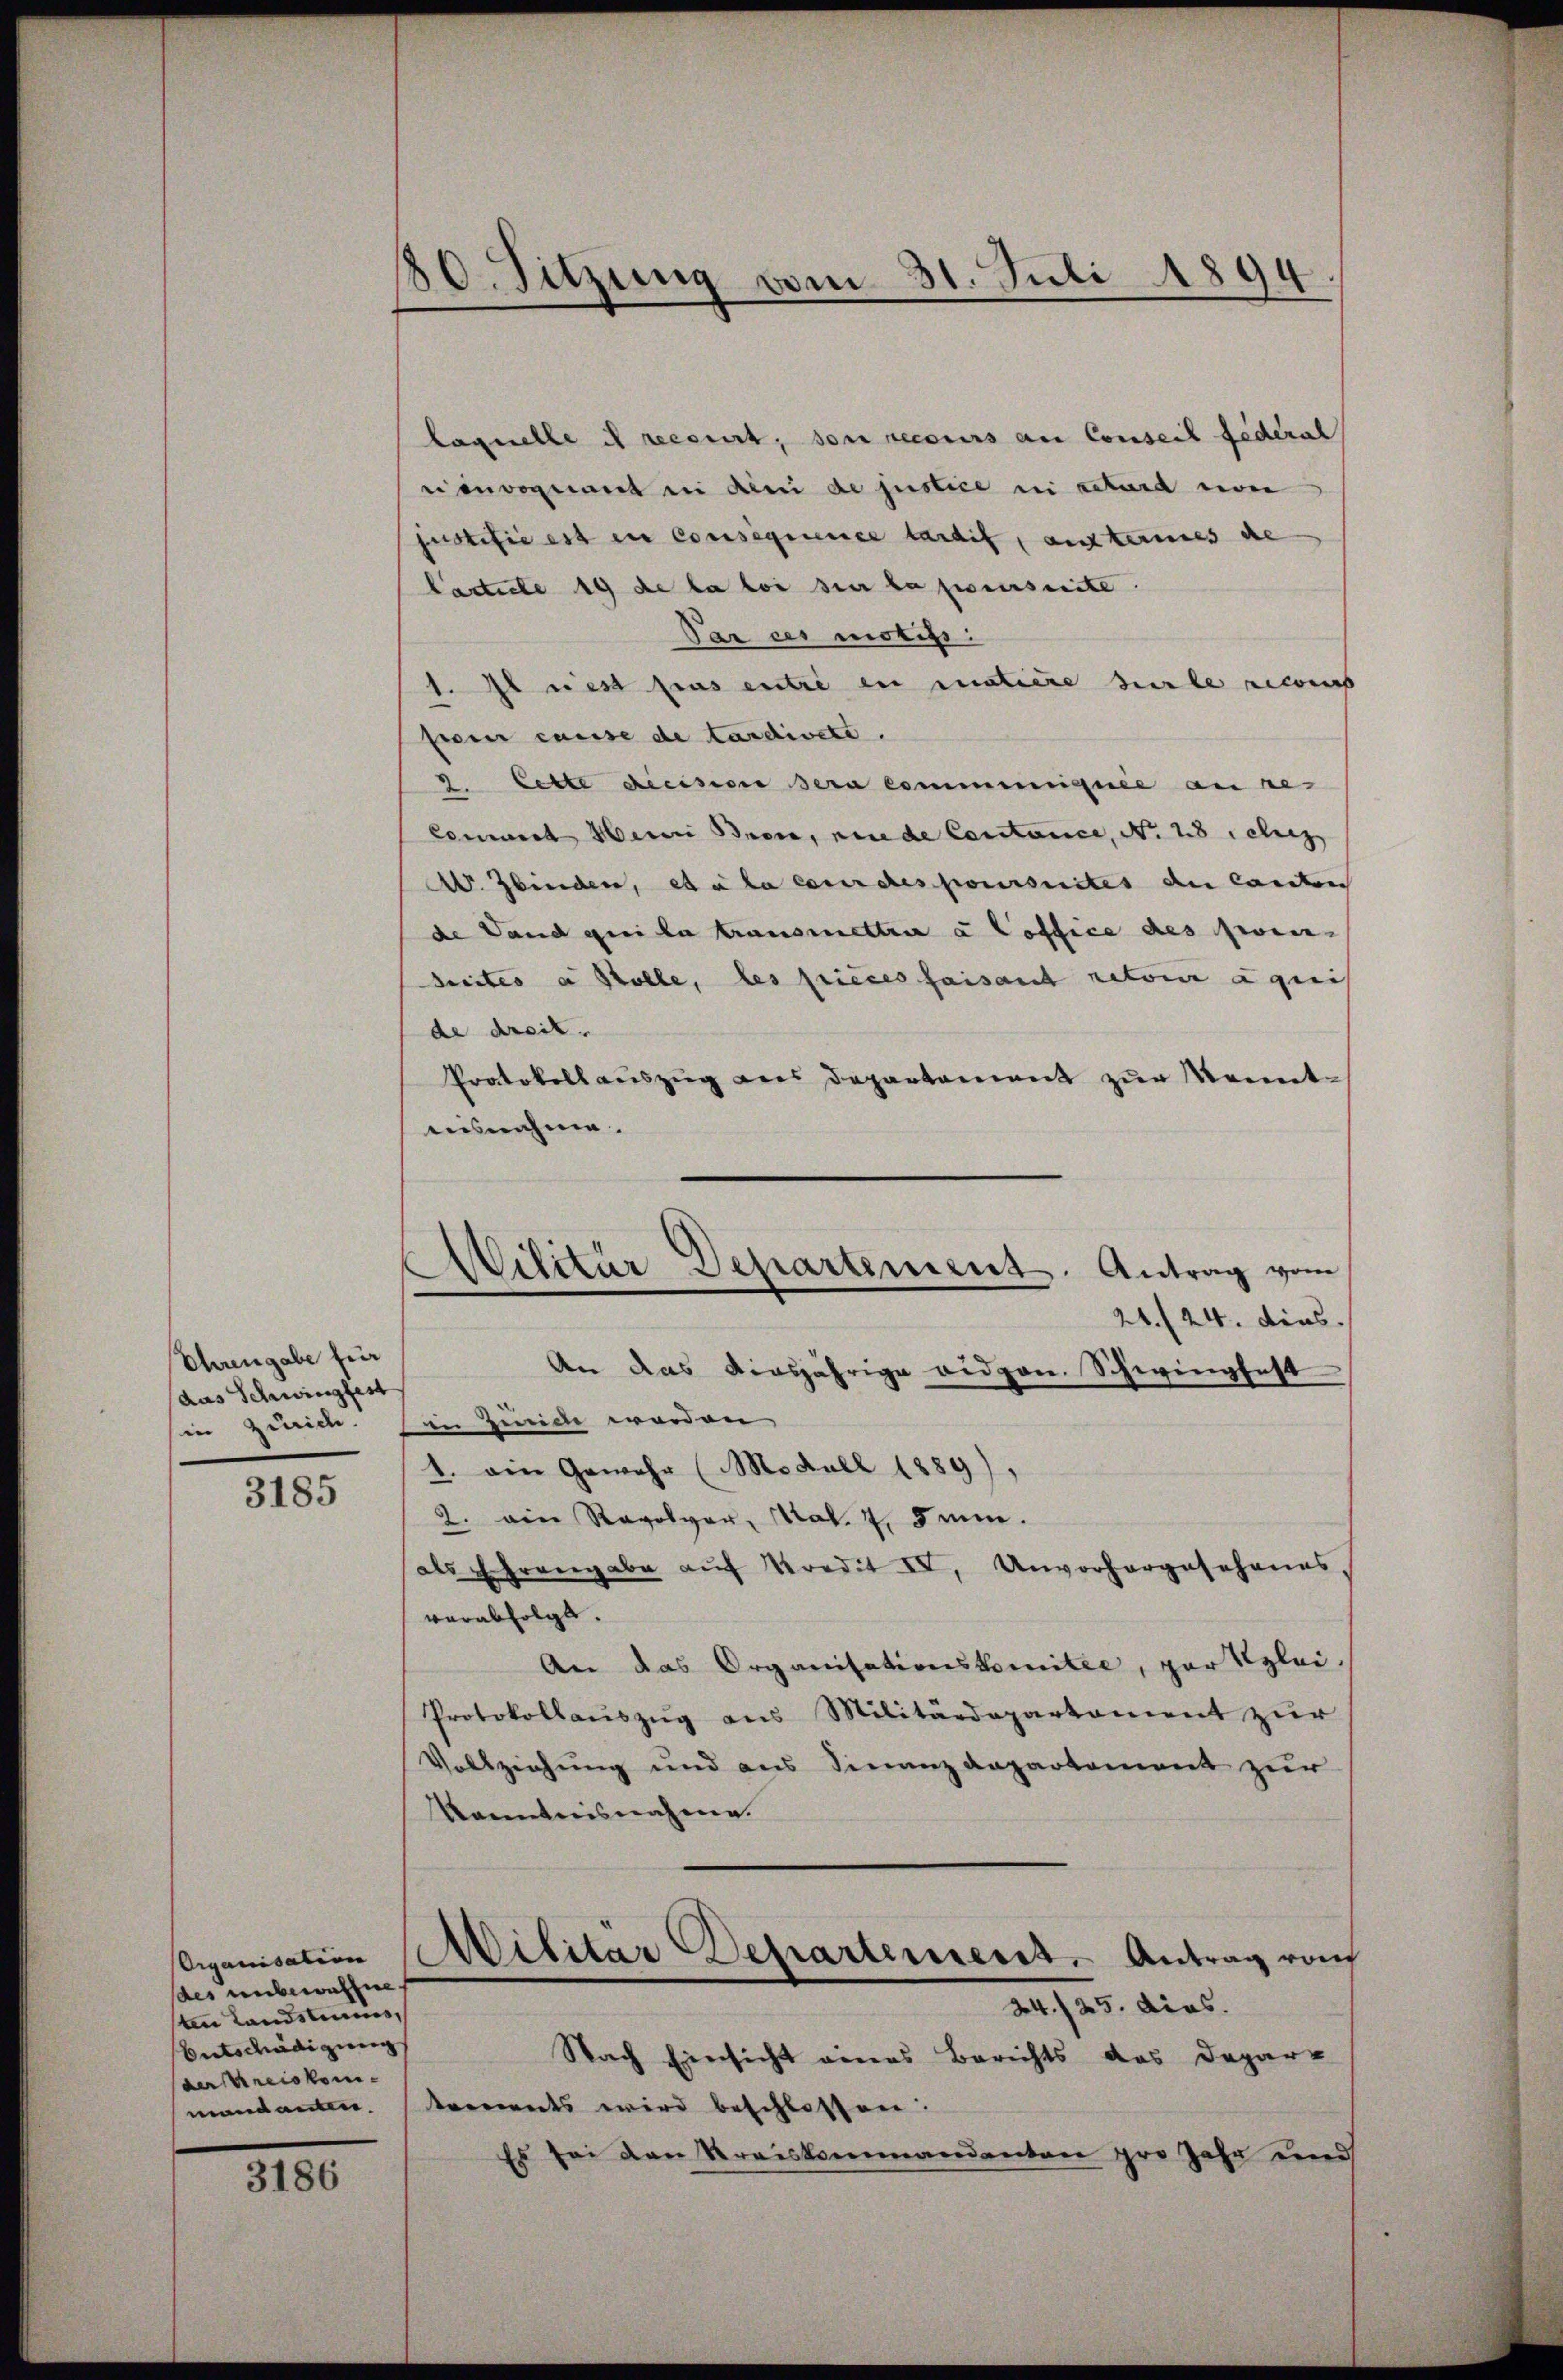
Chrengabe für
das Schwingfest
in Zürich.

3185

Organisation
des unbewaffne
ten Landstim
Entschädigung
verspreiskom¬

3186

80. Sitzung vom 31. Juli 1894.

laquelle et recourt, son recours an Conseil Federal
ii invoquant in den de justice in retard von
justifie est in Consequenice tardit, auf keines de
lastete 19 de la loi sur la poursuite.
Par ces motifs.
1. Il rest pros entre in matiere habe recons
Ewen cause de tardirete.
9. Cette decision sera communiquée au re
Commit Heinri Bren, niede Constance, No 28 Selig
. binden, et à la cour des poursuites du Canton
de Land qui la transmettre à Coffice des zwei-
Seites a Stolle, les pieces faisant retoir aquis
de dreit.
Protokollauszug aus Departement zur Kenntaisnahme.
24. 24. dies
An das diesjährige eidgen. Schwingfest
in Zürich worden
1. ein Gewehr (Modull 1889),
2. ein Revolver, Mal. 7. Jun.
als Ehrengabe aŭf Kredit II. Unvorhergesehenes,
verabfolgt.
An das Organisationskomitée, par Klei-
Protokollaŭszŭg ans Militärdepartament zŭr
Vollziehung und aus Finanz anpartement zur
Kanntnisnahmen.
Militar Departement. Antrag roh
24./25. dies.
Nach Einsicht eines Berichts das Depar-
mandanten Arments wird beschlossen.
Es sei den Kreiskommandanten pro Jahr und

Militär Departement. Antrag vom